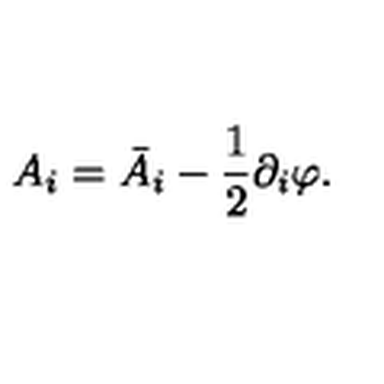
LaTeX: A _ { i } = \bar { A } _ { i } - \frac { 1 } { 2 } \partial _ { i } \varphi .